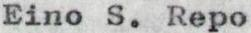
Eino S. Repo